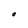
Character: O